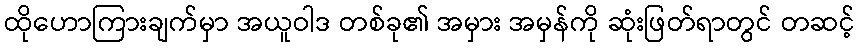
ထိုဟောကြားချက်မှာ အယူဝါဒ တစ်ခု၏ အမှား အမှန်ကို ဆုံးဖြတ်ရာတွင် တဆင့်